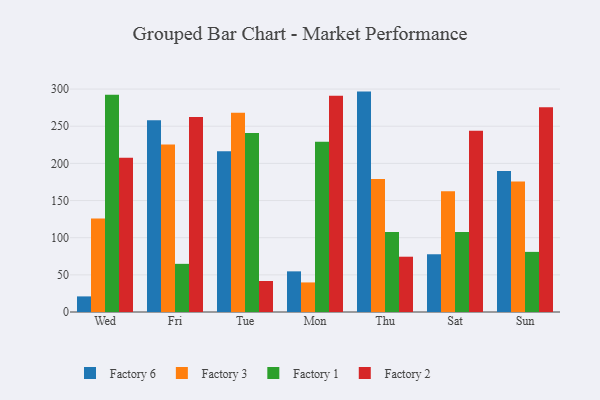
{"axis": {"x": "Day", "y": "Temperature (°C)"}, "legend": ["Factory 1", "Factory 2", "Factory 3", "Factory 6"], "data": [{"x": "Wed", "y": 21.0, "type": "Factory 6"}, {"x": "Wed", "y": 125.8, "type": "Factory 3"}, {"x": "Wed", "y": 292.5, "type": "Factory 1"}, {"x": "Wed", "y": 207.6, "type": "Factory 2"}, {"x": "Fri", "y": 258.2, "type": "Factory 6"}, {"x": "Fri", "y": 225.5, "type": "Factory 3"}, {"x": "Fri", "y": 64.8, "type": "Factory 1"}, {"x": "Fri", "y": 262.5, "type": "Factory 2"}, {"x": "Tue", "y": 216.2, "type": "Factory 6"}, {"x": "Tue", "y": 268.3, "type": "Factory 3"}, {"x": "Tue", "y": 240.8, "type": "Factory 1"}, {"x": "Tue", "y": 41.7, "type": "Factory 2"}, {"x": "Mon", "y": 54.7, "type": "Factory 6"}, {"x": "Mon", "y": 39.8, "type": "Factory 3"}, {"x": "Mon", "y": 229.1, "type": "Factory 1"}, {"x": "Mon", "y": 291.0, "type": "Factory 2"}, {"x": "Thu", "y": 296.6, "type": "Factory 6"}, {"x": "Thu", "y": 178.9, "type": "Factory 3"}, {"x": "Thu", "y": 107.7, "type": "Factory 1"}, {"x": "Thu", "y": 74.4, "type": "Factory 2"}, {"x": "Sat", "y": 77.7, "type": "Factory 6"}, {"x": "Sat", "y": 162.6, "type": "Factory 3"}, {"x": "Sat", "y": 107.5, "type": "Factory 1"}, {"x": "Sat", "y": 243.9, "type": "Factory 2"}, {"x": "Sun", "y": 189.9, "type": "Factory 6"}, {"x": "Sun", "y": 175.6, "type": "Factory 3"}, {"x": "Sun", "y": 80.9, "type": "Factory 1"}, {"x": "Sun", "y": 275.7, "type": "Factory 2"}]}